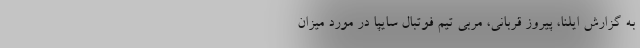
به گزارش ایلنا، پیروز قربانی، مربی تیم فوتبال سایپا در مورد میزان